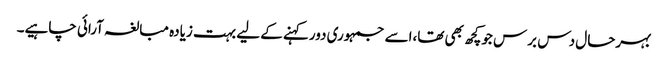
بہرحال دس برس جوکچھ بھی تھا،اسے جمہوری دورکہنے کے لیے بہت زیادہ مبالغہ آرائی چاہیے۔